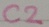
Text: C2